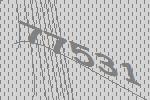
77531